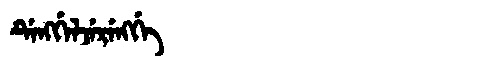
Manchu: ᡩᡝᠩᡤᡝᠯᠵᡝᡵᡝᠩᡤᡝ
Romanization: DENGGELJERENGGE